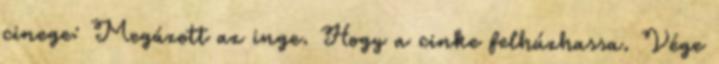
cinege: Megázott az inge. Hogy a cinke felhúzhassa. Vége